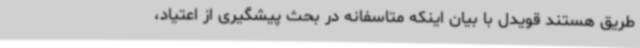
طریق هستند قویدل با بیان اینکه متاسفانه در بحث پیشگیری از اعتیاد،